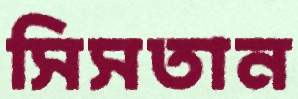
সিসতান